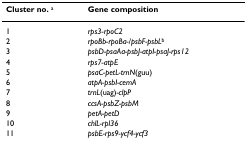
<table><thead><tr><td><b>Cluster no. <sup>a</sup></b></td><td><b>Gene composition</b></td></tr></thead><tbody><tr><td>1</td><td><i>rps3-rpoC2</i></td></tr><tr><td>2</td><td><i>rpoBb-rpoBa-/psbF-psbL</i><sup>b</sup></td></tr><tr><td>3</td><td><i>psbD-psaAa-psbJ-atpI-psaJ-rps12</i></td></tr><tr><td>4</td><td><i>rps7-atpE</i></td></tr><tr><td>5</td><td><i>psaC-petL-trnN</i>(guu)</td></tr><tr><td>6</td><td><i>atpA-psbI-cemA</i></td></tr><tr><td>7</td><td><i>trnL</i>(uag)<i>-clpP</i></td></tr><tr><td>8</td><td><i>ccsA-psbZ-psbM</i></td></tr><tr><td>9</td><td><i>petA-petD</i></td></tr><tr><td>10</td><td><i>chlL-rpl36</i></td></tr><tr><td>11</td><td><i>psbE-rps9-ycf4-ycf3</i></td></tr></tbody></table>